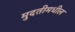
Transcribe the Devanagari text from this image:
मुदतीमधील